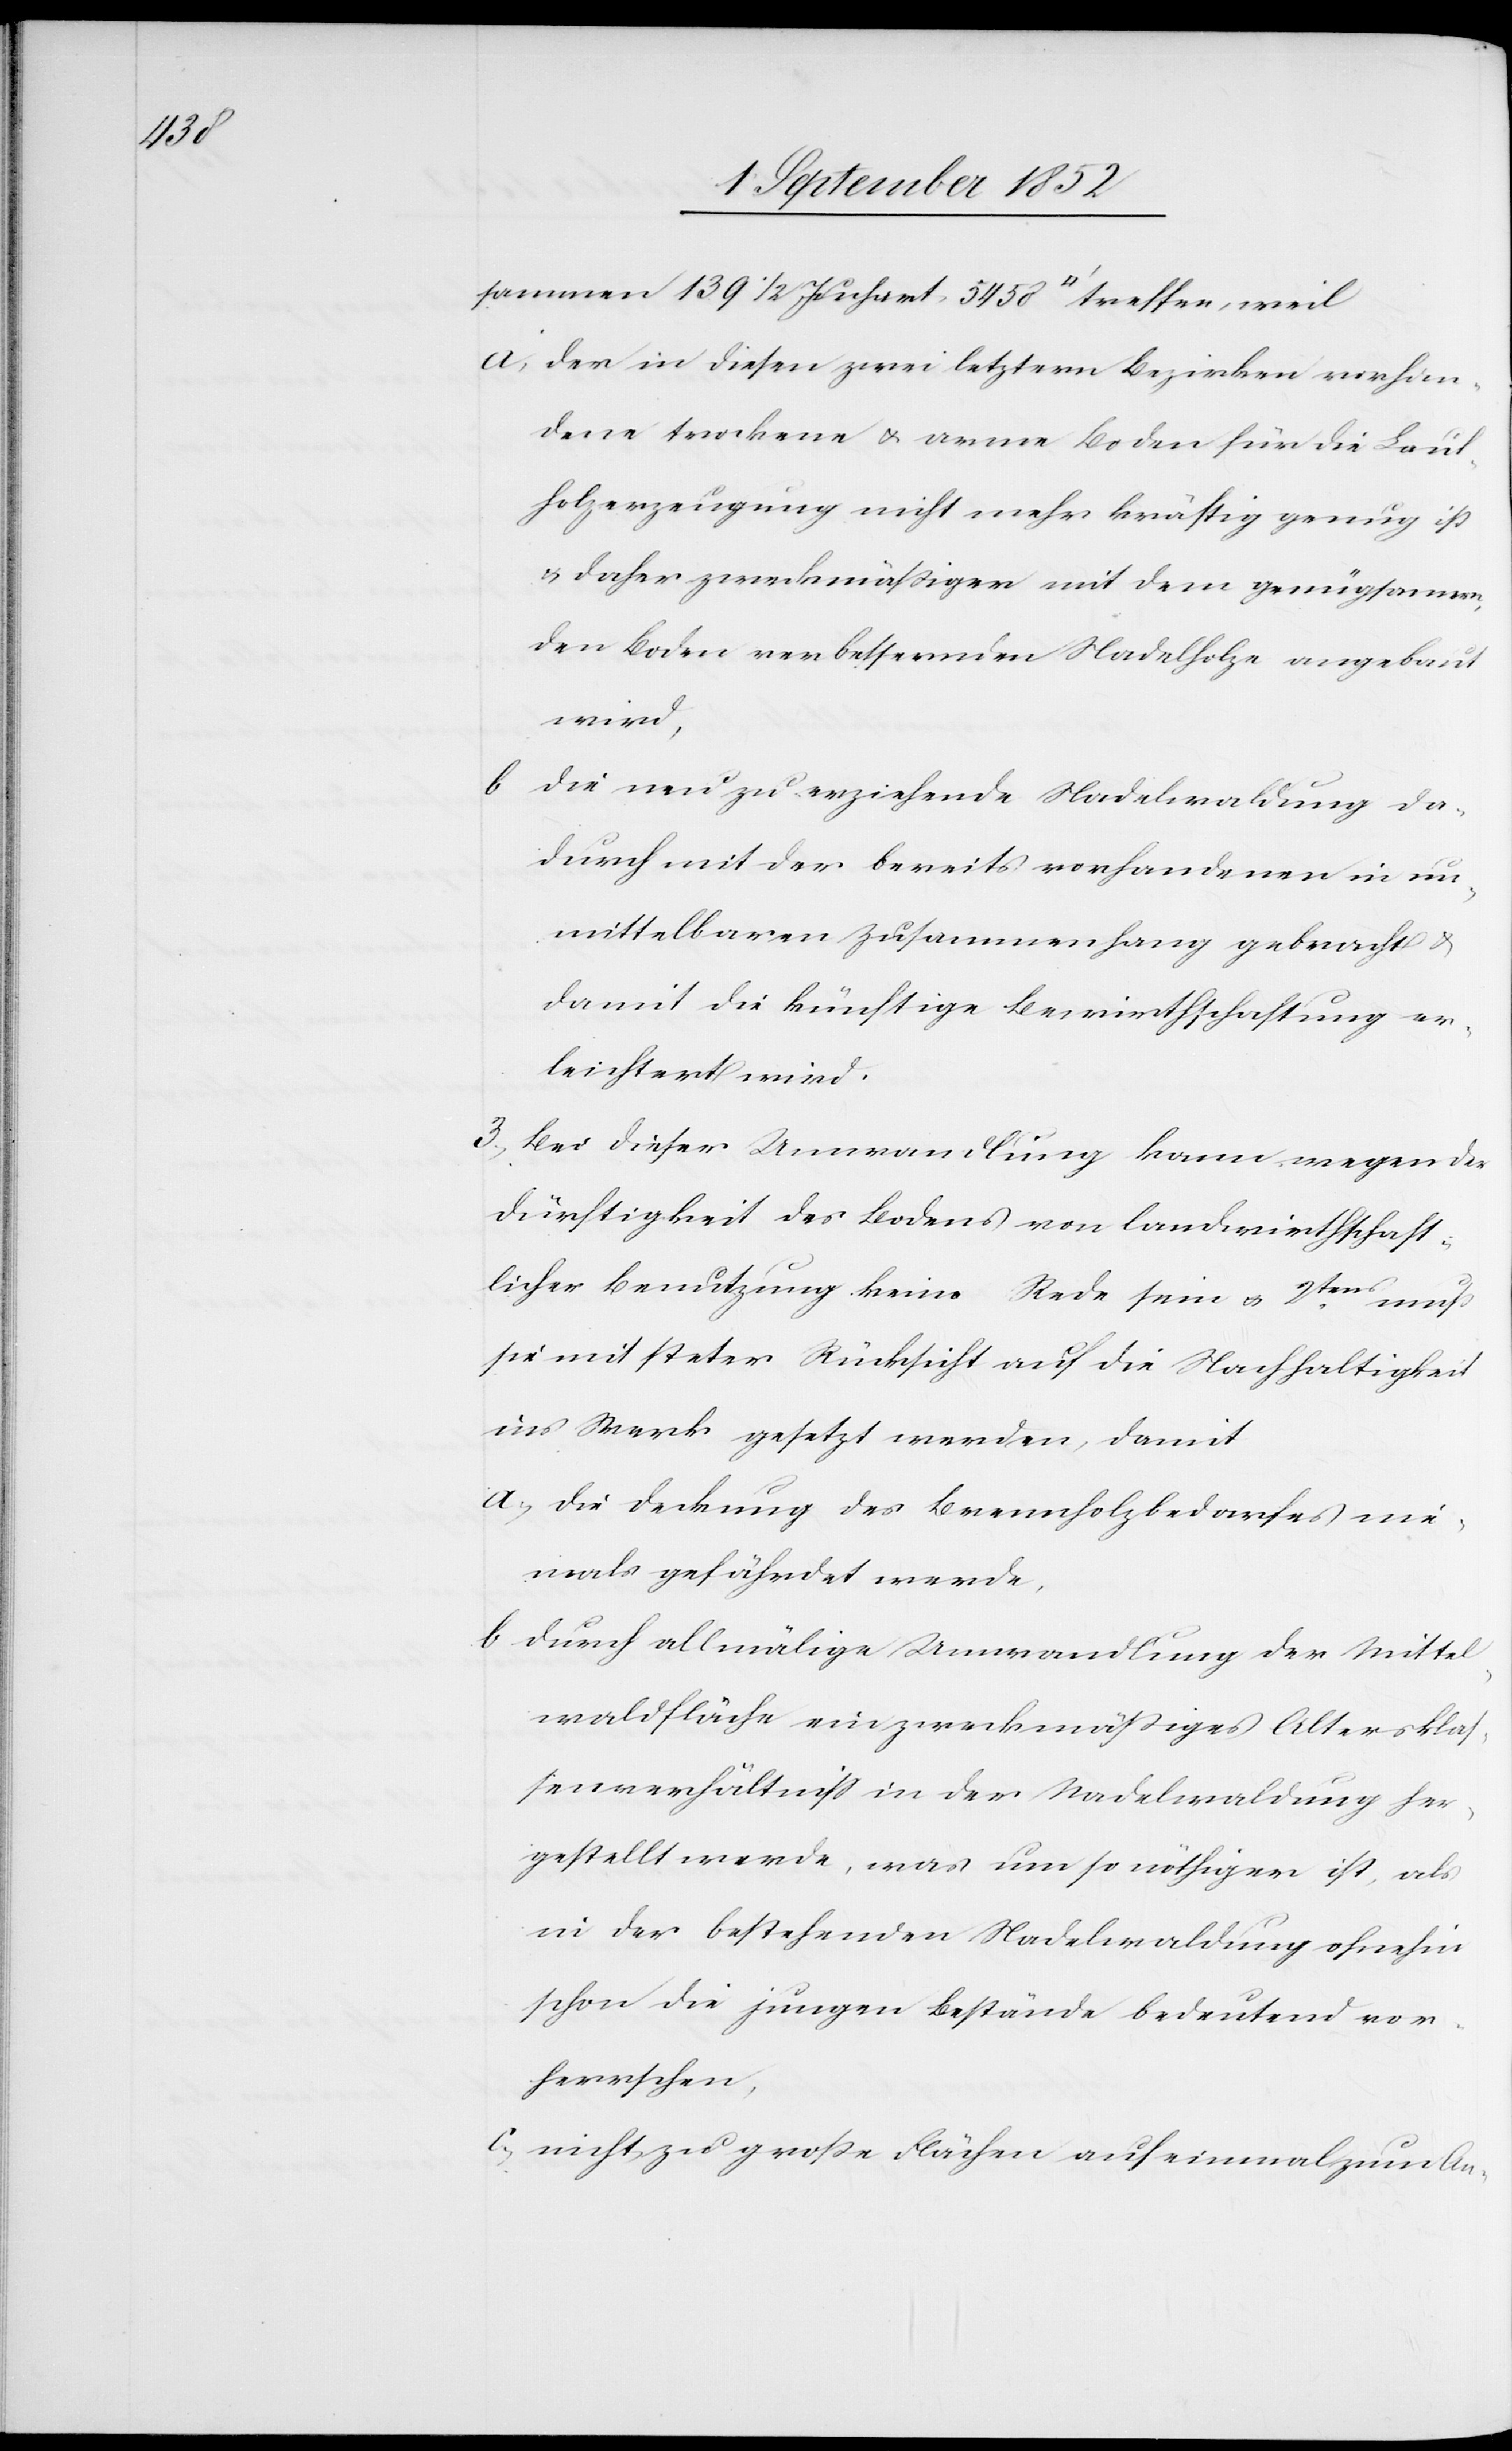
sammen 139 1/2 Juchart 5458 [Quadratfuß] treffen, weil
der in diesen zwei letztern Bezirken vorhan¬
dene trockene & arme Boden für die Laub¬
holzerzeugung nicht mehr kräftig genug ist
& daher zweckmäßiger mit dem genügsamen,
den Boden verbessernden Nadelholze angebaut
wird,
die neu zu erziehende Nadelwaldung da¬
durch mit der bereits vorhandenen in un¬
mittelbaren Zusammenhang gebracht &
damit die künftige Bewirthschaftung er¬
leichtert wird.
3, Bei dieser Umwandlung kann wegen der
Dürftigkeit des Bodens von landwirthschaft¬
licher Benutzung keine Rede sein & 2tens muß
sie mit steter Rücksicht auf die Nachhaltigkeit
ins Werk gesetzt werden, damit
die Deckung des Brennholzbedarfes nie¬
mals gefährdet werde,
durch allmälige Umwandlung der Mittel¬
waldfläche ein zweckmäßiges Altersklas¬
senverhältniss in der Nadelwaldung her¬
gestellt werde, was um so nöthiger ist, als
in der bestehenden Nadelwaldung ohnehin
schon die jungen Bestände bedeutend vor¬
herrschen,
nicht zu große Flächen auf einmal zum An-